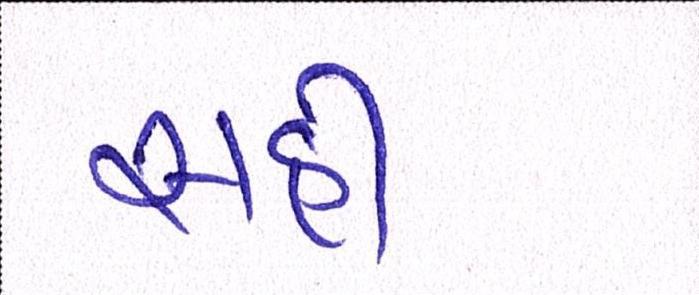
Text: સહી